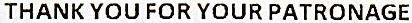
THANK YOU FOR YOUR PATRONAGE